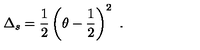
\Delta _ { s } = { \frac { 1 } { 2 } } \left( \theta - { \frac { 1 } { 2 } } \right) ^ { 2 } \ .